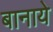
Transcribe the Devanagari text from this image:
बानाये